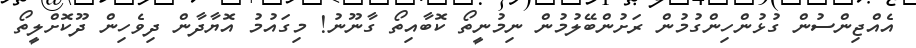
އެއްޖިންސުން ގުޅުންހިންގުމުން ރަށުންބޭލުމުން ނިމުނީތޯ ކޮބާއިތޯ ގާނޫނު! މިގައުމު އޮޔާދާން ދިވެހިން ދޫކޮށްލީތޯ